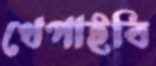
খেপাইবি